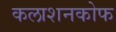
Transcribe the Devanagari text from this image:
कलाशनकोफ